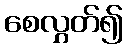
စေလွှတ်၍